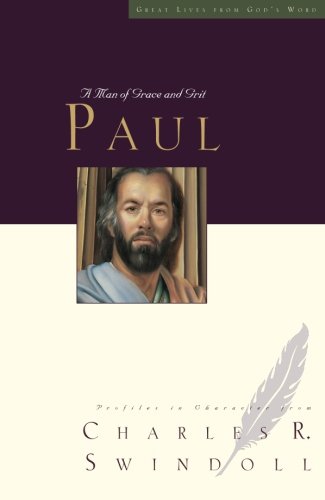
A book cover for Paul: A Man of Grace and Grit (Great Lives Series); Charles R. Swindoll; Christian Books & Bibles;